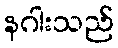
နဂါးသည်